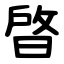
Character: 晵